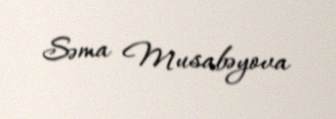
Səma Musabəyova